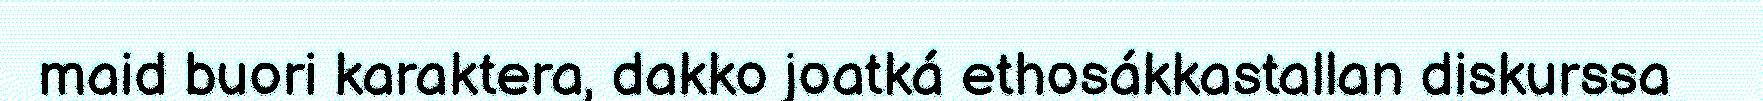
maid buori karaktera, dakko joatká ethosákkastallan diskurssa